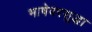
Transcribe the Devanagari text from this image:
भाषेवरसुद्धा